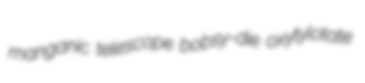
manganic telescope bobsy-die oxytylotate